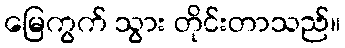
မြေကွက် သွား တိုင်းတာသည်။